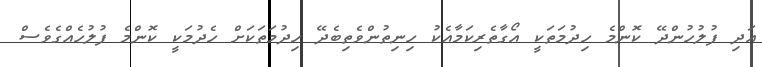
އަދި ފުލުހުންދޭ ކޮންމެ ހިދުމަތަކީ އޯގާތެރިކަމާއެކު ހިނިތުންވެތިބެދޭ ހިދުމަތަކަށް ހެދުމަކީ ކޮންމެ ފުލުހެއްގެވެސް